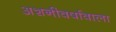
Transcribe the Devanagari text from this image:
अशनीवर्षावाला